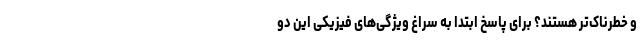
و خطرناک‌تر هستند؟ برای پاسخ ابتدا به سراغ ویژگی‌های فیزیکی این دو